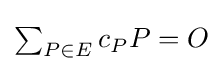
{\textstyle \sum _{P\in E}{c_{P}P}=O}